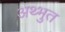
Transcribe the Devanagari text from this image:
अथ्भुत